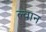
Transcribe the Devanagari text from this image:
ल्वान